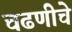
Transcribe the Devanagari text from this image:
चढणीचे